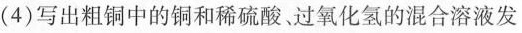
（4）写出粗铜中的铜和稀硫酸、过氧化氢的混合溶液发